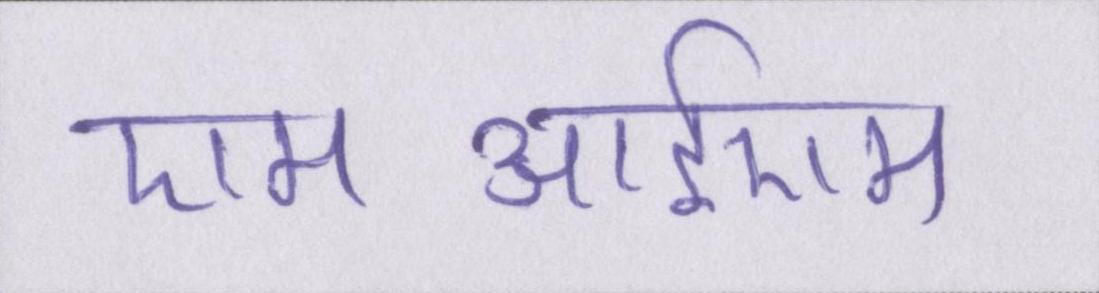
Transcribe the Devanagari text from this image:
एमआईएम